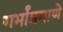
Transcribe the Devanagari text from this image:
गर्भांप्रमाणे